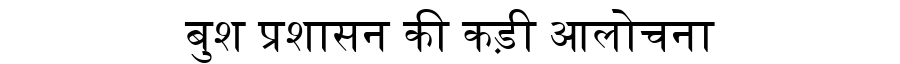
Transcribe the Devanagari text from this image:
बुश प्रशासन की कड़ी आलोचना